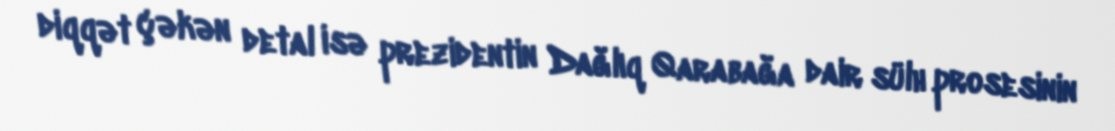
diqqət çəkən detal isə prezidentin Dağlıq Qarabağa dair sülh prosesinin